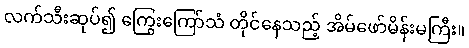
လက်သီးဆုပ်၍ ကြွေးကြော်သံ တိုင်နေသည့် အိမ်ဖော်မိန်းမကြီး။